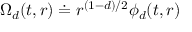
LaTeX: \Omega _ { d } ( t , r ) \doteq r ^ { ( 1 - d ) / 2 } \phi _ { d } ( t , r )